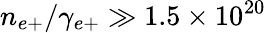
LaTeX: n_{e+}/\gamma_{e+}\gg 1.5\times 10^{20}